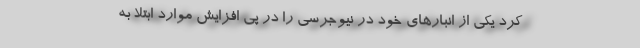
کرد یکی از انبارهای خود در نیوجرسی را در پی افزایش موارد ابتلا به